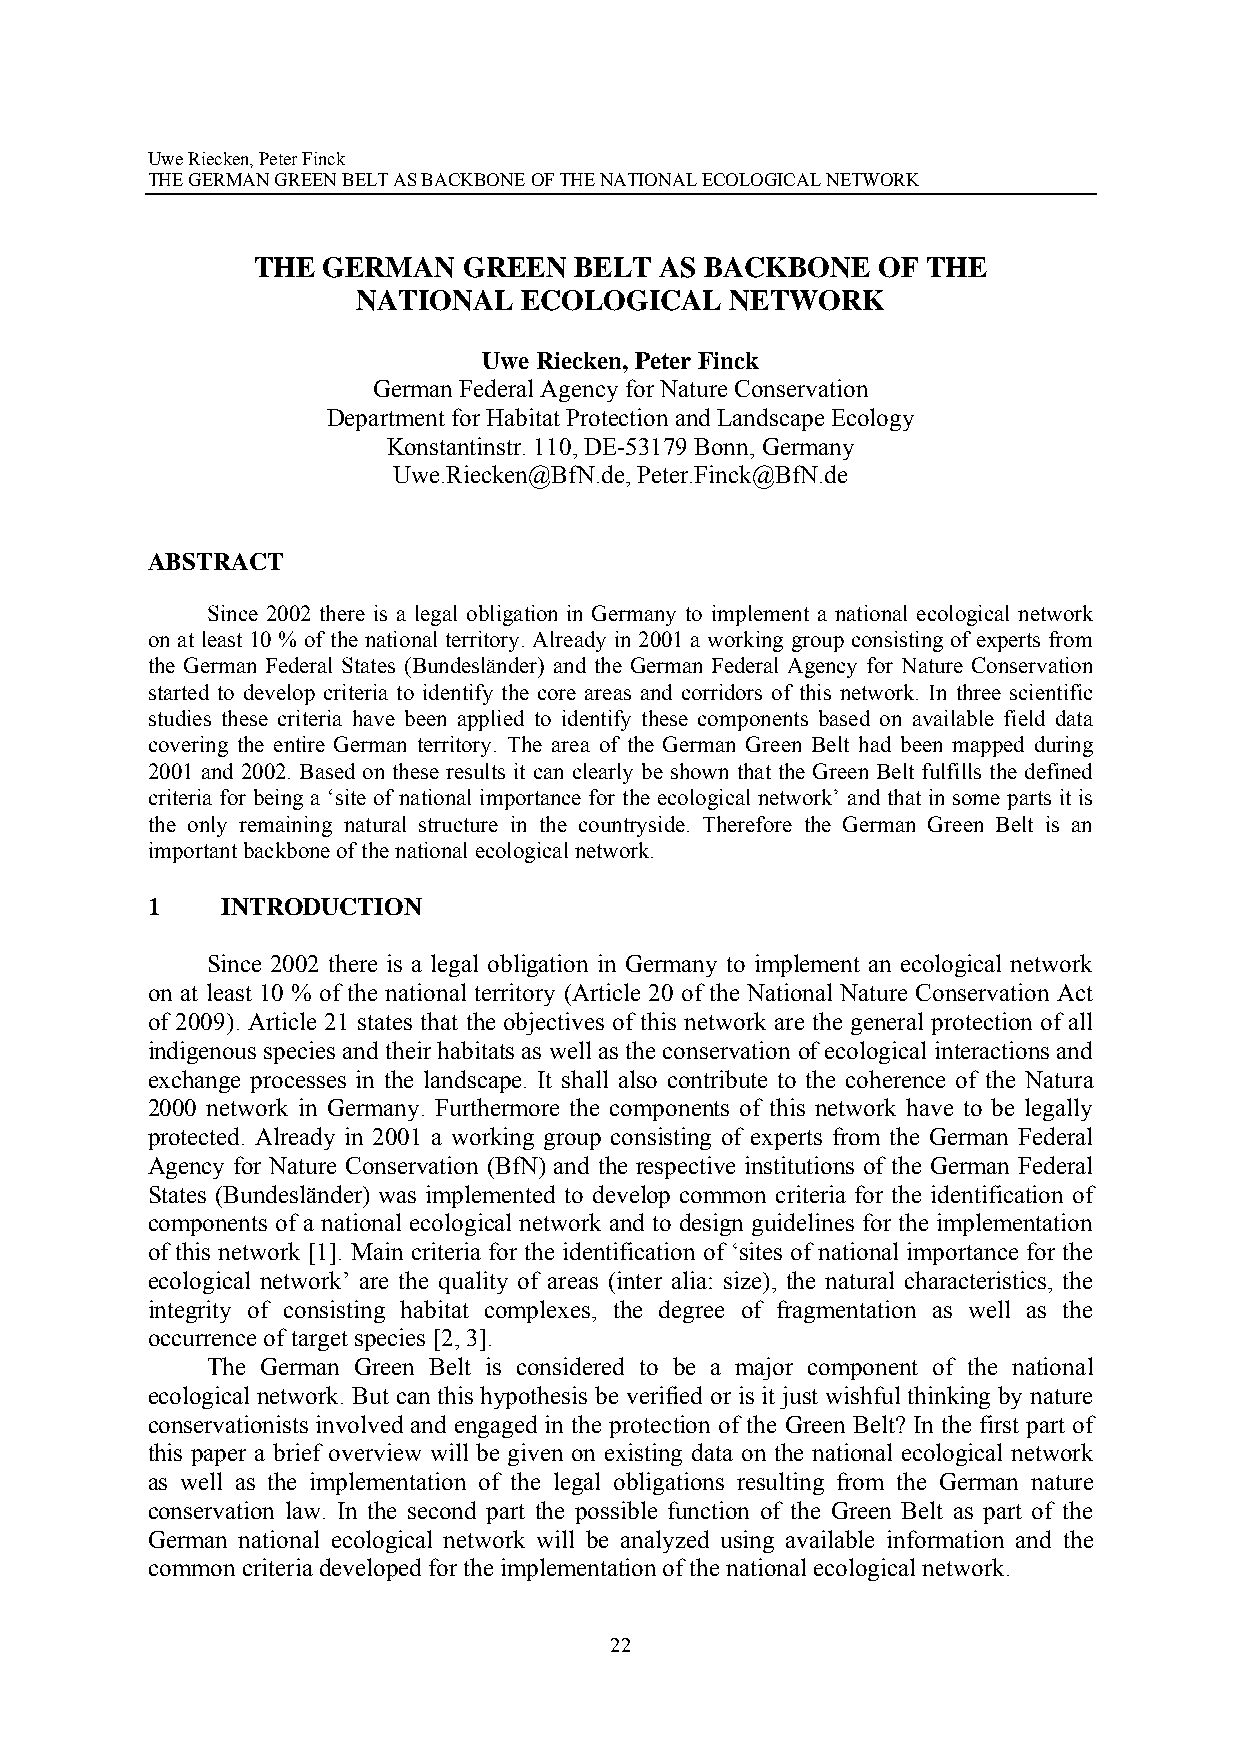
Uwe Riecken, Peter Finck
 THE GERMAN GREEN BELT AS BACKBONE OF THE NATIONAL ECOLOGICAL NETWORK
 THE GERMAN    GREEN  BELT  AS BACKBONE   OF THE
 NATIONAL  ECOLOGICAL    NETWORK
 Uwe Riecken, Peter Finck
 German Federal Agency for Nature Conservation
 Department for Habitat Protection and Landscape Ecology
 Konstantinstr. 110, DE-53179 Bonn, Germany
 Uwe.Riecken@BfN.de, Peter.Finck@BfN.de
 ABSTRACT
 Since 2002 there is a legal obligation in Germany to implement a national ecological network
 on at least 10 % of the national territory. Already in 2001 a working group consisting of experts from
 the German Federal States (Bundesländer) and the German Federal Agency for Nature Conservation
 started to develop criteria to identify the core areas and corridors of this network. In three scientific
 studies these criteria have been applied to identify these components based on available field data
 covering the entire German territory. The area of the German Green Belt had been mapped during
 2001 and 2002. Based on these results it can clearly be shown that the Green Belt fulfills the defined
 criteria for being a ‘site of national importance for the ecological network’ and that in some parts it is
 the only remaining natural structure in the countryside. Therefore the German Green Belt is an
 important backbone of the national ecological network.
 1    INTRODUCTION
 Since 2002 there is a legal obligation in Germany to implement an ecological network
 on at least 10 % of the national territory (Article 20 of the National Nature Conservation Act
 of 2009). Article 21 states that the objectives of this network are the general protection of all
 indigenous species and their habitats as well as the conservation of ecological interactions and
 exchange processes in the landscape. It shall also contribute to the coherence of the Natura
 2000 network in Germany. Furthermore the components of this network have to be legally
 protected. Already in 2001 a working group consisting of experts from the German Federal
 Agency for Nature Conservation (BfN) and the respective institutions of the German Federal
 States (Bundesländer) was implemented to develop common criteria for the identification of
 components of a national ecological network and to design guidelines for the implementation
 of this network [1]. Main criteria for the identification of ‘sites of national importance for the
 ecological network’ are the quality of areas (inter alia: size), the natural characteristics, the
 integrity of consisting habitat complexes, the degree of fragmentation as well as the
 occurrence of target species [2, 3].
 The German Green Belt is considered to be a major component of the national
 ecological network. But can this hypothesis be verified or is it just wishful thinking by nature
 conservationists involved and engaged in the protection of the Green Belt? In the first part of
 this paper a brief overview will be given on existing data on the national ecological network
 as well as the implementation of the legal obligations resulting from the German nature
 conservation law. In the second part the possible function of the Green Belt as part of the
 German national ecological network will be analyzed using available information and the
 common criteria developed for the implementation of the national ecological network.
 22